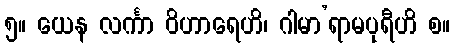
၅။ ယေန လင်္ကာ ဝိဟာရေဟိ၊ ဂါမာ’ရာမပုရီဟိ စ။